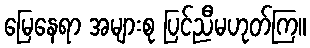
မြေနေရာ အများစု ပြင်ညီမဟုတ်ကြ။